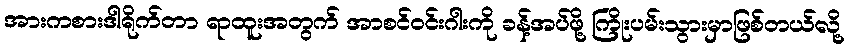
အားကစားဒါရိုက်တာ ရာထူးအတွက် အာစင်ဝင်းဂါးကို ခန့်အပ်ဖို့ ကြိုးပမ်းသွားမှာဖြစ်တယ်လို့